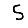
Digit: 5